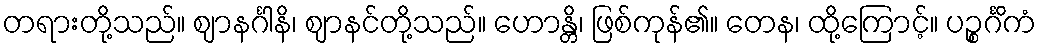
တရားတို့သည်။ ဈာနင်္ဂါနိ၊ ဈာနင်တို့သည်။ ဟောန္တိ၊ ဖြစ်ကုန်၏။ တေန၊ ထို့ကြောင့်။ ပဉ္စင်္ဂိကံ